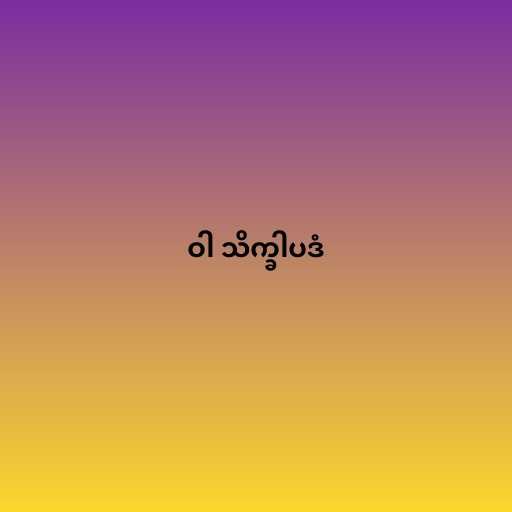
ဝါ သိက္ခါပဒံ